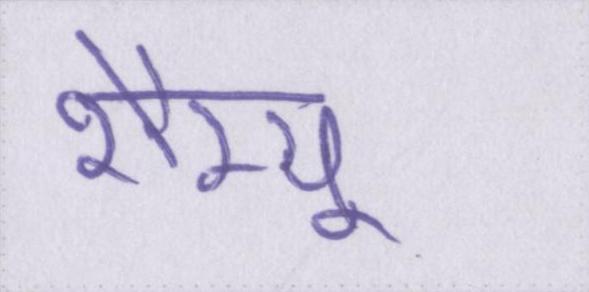
शैम्पू